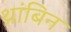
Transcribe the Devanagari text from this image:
थ्रांबिन